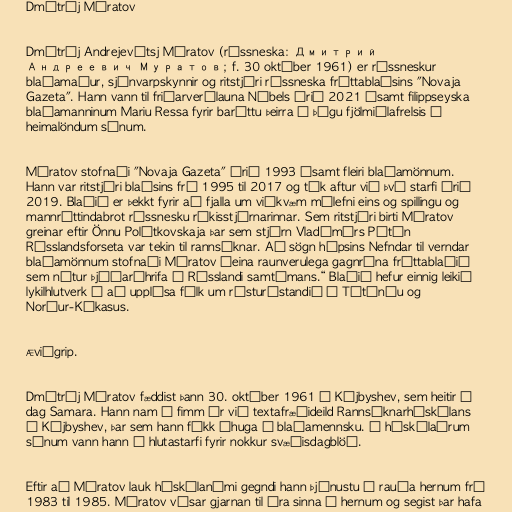
Dmítríj Múratov

Dmítríj Andrejevítsj Múratov (rússneska: Дмитрий
Андреевич Муратов; f. 30 október 1961) er rússneskur
blaðamaður, sjónvarpskynnir og ritstjóri rússneska fréttablaðsins "Novaja
Gazeta". Hann vann til friðarverðlauna Nóbels árið 2021 ásamt filippseyska
blaðamanninum Mariu Ressa fyrir baráttu þeirra í þágu fjölmiðlafrelsis í
heimalöndum sínum.

Múratov stofnaði "Novaja Gazeta" árið 1993 ásamt fleiri blaðamönnum.
Hann var ritstjóri blaðsins frá 1995 til 2017 og tók aftur við því starfi árið
2019. Blaðið er þekkt fyrir að fjalla um viðkvæm málefni eins og spillingu og
mannréttindabrot rússnesku ríkisstjórnarinnar. Sem ritstjóri birti Múratov
greinar eftir Önnu Polítkovskaja þar sem stjórn Vladímírs Pútín
Rússlandsforseta var tekin til rannsóknar. Að sögn hópsins Nefndar til verndar
blaðamönnum stofnaði Múratov „eina raunverulega gagnrýna fréttablaðið
sem nýtur þjóðaráhrifa í Rússlandi samtímans.“ Blaðið hefur einnig leikið
lykilhlutverk í að upplýsa fólk um rósturástandið í Téténíu og
Norður-Kákasus.

Æviágrip.

Dmítríj Múratov fæddist þann 30. október 1961 í Kújbyshev, sem heitir í
dag Samara. Hann nam í fimm ár við textafræðideild Rannsóknarháskólans
í Kújbyshev, þar sem hann fékk áhuga á blaðamennsku. Á háskólaárum
sínum vann hann í hlutastarfi fyrir nokkur svæðisdagblöð.

Eftir að Múratov lauk háskólanámi gegndi hann þjónustu í rauða hernum frá
1983 til 1985. Múratov vísar gjarnan til ára sinna í hernum og segist þar hafa